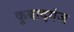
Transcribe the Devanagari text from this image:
कुबादगंज